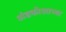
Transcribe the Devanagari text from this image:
अंडकोशाच्या